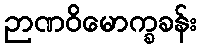
ဉာဏဝိမောက္ခခန်း